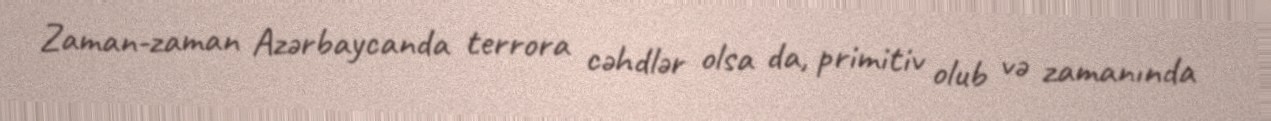
Zaman-zaman Azərbaycanda terrora cəhdlər olsa da, primitiv olub və zamanında